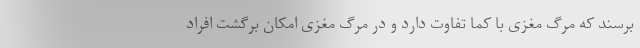
برسند که مرگ مغزی با کما تفاوت دارد و در مرگ مغزی امکان برگشت افراد